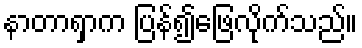
နာတာရှာက ပြန်၍ဖြေလိုက်သည်။